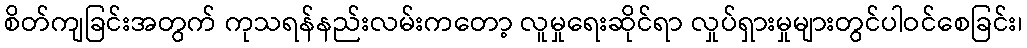
စိတ်ကျခြင်းအတွက် ကုသရန်နည်းလမ်းကတော့ လူမှုရေးဆိုင်ရာ လှုပ်ရှားမှုများတွင်ပါဝင်စေခြင်း၊